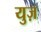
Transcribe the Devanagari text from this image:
युज़